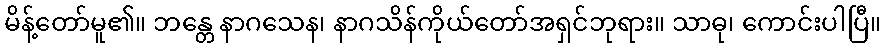
မိန့်တော်မူ၏။ ဘန္တေ နာဂသေန၊ နာဂသိန်ကိုယ်တော်အရှင်ဘုရား။ သာဓု၊ ကောင်းပါပြီ။